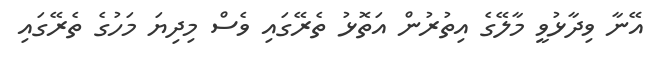
އޭނާ ވިދާޅުވީ މާލޭގެ އިތުރުން އަތޮޅު ތެރޭގައި ވެސް މިދިޔަ މަހުގެ ތެރޭގައި